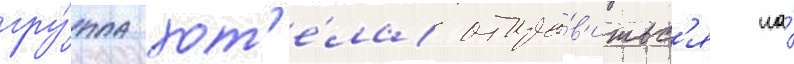
гру́ппа хот'е́ла отпра́в'итьс'я на́